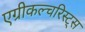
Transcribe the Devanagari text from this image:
एग्रीकल्चरिस्ट्स